Report of the Indian Hemp Drugs Commission, 1894-1895 - Volume VII
Year: 1894
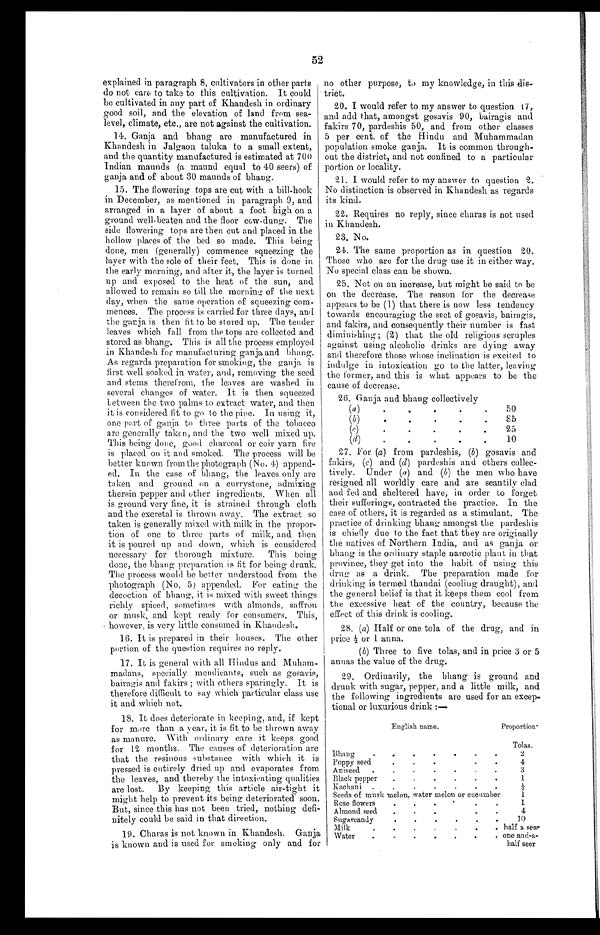
52
explained in paragraph 8, cultivators in other parts
do not care to take to this cultivation. It could
be cultivated in any part of Khandesh in ordinary
good soil, and the elevation of land from sea-
level, climate, etc., are not against the cultivation.
14. Ganja and bhang are manufactured in
Khandesh in Jalgaon taluka to a small extent,
and the quantity manufactured is estimated at 700
Indian maunds (a maund equal to 40 seers) of
ganja and of about 30 maunds of bhang.
15. The flowering tops are cut with a bill-hook
in December, as mentioned in paragraph 9, and
arranged in a layer of about a foot high on a
ground well-beaten and the floor cow-dung. The
side flowering tops are then cut and placed in the
hollow places of the bed so made. This being
done, men (generally) commence squeezing the
layer with the sole of their feet. This is done in
the early morning, and after it, the layer is turned
up and exposed to the heat of the sun, and
allowed to remain so till the morning of the next
day, when the same operation of squeezing com-
mences. The process is carried for three days, anal
the ganja is then fit to be stored up. The tender
leaves which fall from the tops are collected and
stored as bhang. This is all the process employed
in Khandesh for manufacturing ganja and bhang.
As regards preparation for smoking, the ganja is
first well soaked in water, and, removing the seed
and stems therefrom, the leaves are washed in
several changes of water. It is then squeezed
between the two palms to extract water, and then
i t i s consi dered fi t t o go t o t he pi pe. In usi ng i t ,
one part of ganja to three parts of the tobacco
are generally taken, and the two well mixed up.
This being done, good charcoal or coir yarn fire
is placed on it and smoked. The process will be
better known from the photograph (No. 4) append-
- e d . I n t h e c a s e o f b h a n g , t h e l e a v e s o n l y a r e
taken and ground on a currystone, admixing
therein pepper and other ingredients. When all
is ground very fine, it is strained through cloth
and the excretal is thrown away. The extract so
taken is generally mixed with milk in the propor--
tion of one to three parts of milk, and then
it is poured up and down, which is considered
necessary for thorough mixture. This being
done, the bhang preparation is fit for being drunk.
The process would be better understood from the
photograph (No. 5) appended. For eating the
decoction of bhang, it is mixed with sweet things
richly spiced, sometimes with almonds, saffron
or musk, and kept ready for consumers. This,
however, is very little consumed in Khaudesh.
16. It is prepared in their houses. The other
portion of the question requires no reply.
17. It is general with all Hindus and Muham-
madans, specially mendicants, such as gosavis,
bairagis and fakirs ; with others sparingly. It is
therefore difficult to say which particular class use
it and which not.
18. It does deteriorate in keeping, and, if kept
for more than a year, it is fit to be thrown away
as manure. With ordinary care it keeps good
for 12 months. The causes of deterioration are
that the resinous substance with which it is
pressed is entirely dried up and evaporates from
the leaves, and thereby the intoxicating qualities
are lost. By keeping this article air-tight it
might help to prevent its being deteriorated soon.
But, since this has not been tried, nothing defi--
nitely could be said in that direction.
19. Charas is not known in Khandesh. Ganja
is known and is used for smoking only and for
no other. purpose, to my knowledge, in this dis--
trict.
20. I would refer to my answer to question 17,
and add that, amongst gosavis 90, bairagis and
fakirs 70, pardeshis 50, and from other classes
5 per cent. of the Hindu and Muhammadan
population smoke ganja. It is common through--
out the district, and not confined to a particular
portion or locality.
21. I would refer to my answer to question 2.
No distinction is observed in Khandesh as regards
its kind.
22. Requires no reply, since charas is not used
in Khandesh,
23. No.
24. The same proportion as in question 20.
Those who are for the drug use it in either way.
No special class can be shown.
25. Not on an increase, but might be said to be
on the decrease. The reason for the decrease
appears to be (1) that there is now less tendency
towards encouraging the sect of gosavis, bairagis,
and fakirs, and consequently their number is fast
diminishing ; (2) that the old religious scruples
against using alcoholic drinks are dying away
and therefore those whose inclination is excited to
indulge in intoxication go to the latter, leaving
the former, and this is what appears to be the
cause of decrease.
26. Ganja and bhang collectively
(a)
.
.
.
.
.
50
(b)
•
•
•
•
.
85
(c)
.
.
.
.
25
(d)
.
.
.
.
.
10
27. For (a) from pardeshis, (b) gosavis and
fakirs, (c) and (d) pardeshis and others collec-
tively. Under (a) and (b) the men who have
resigned all worldly care and are scantily clad
and fed and sheltered have, in order to forget
their sufferings, contracted the practice. In the
case of others, it is regarded as a stimulant. The
practice of drinking bhang amongst the pardeshis
is chiefly due to the fact that they are originally
the natives of Northern India, and as ganja or
bhang is the ordinary staple narcotic plant in that
province, they get into the habit of using this
drug as a drink. The preparation made for
drinking is termed thandai (cooling draught), and
the general belief is that it keeps them cool from
the excessive heat of the country, because the
effect of this drink is cooling.
28. (a) Half or one tola of the drug, and in
price ½ or 1 anna.
(b) Three to five tolas, and in price 3 or 5
annas the value of the drug.
29. Ordinarily, the bhang is ground and
drunk with sugar, pepper, and a little milk, and
the following ingredients are used for an excep-
tional or luxurious drink :—
English name.
Proportion.
Tolas.
Bhang
.
.
.
•
•
-
•
2
Poppy seed
4
Aniseed
.
.
•
•
•
•
•
3
Black pepper
.
.
.
,
.
.
1
Kachani .
•
.
.
.
.
.
½
Seeds of musk melon, water melon or cucumber
1
Rose flowers
.
.
.
•
1
Almond seed
.
.
.
4
Sugarcandy
.
.
•
.
.
.
10
Milk
.
.
. half a seer
Water
.
.
.
.
.
.
. one and-a-
half seer